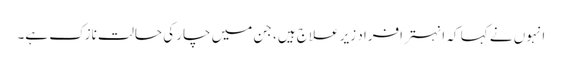
انہوں نے کہا کہ انہتر افراد زیر علاج ہیں، جن میں چار کی حالت نازک ہے۔